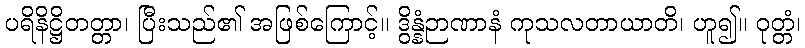
ပရိနိဋ္ဌိတတ္တာ၊ ပြီးသည်၏ အဖြစ်ကြောင့်။ ဒွိန္နံဉာဏာနံ ကုသလတာယာတိ၊ ဟူ၍။ ဝုတ္တံ၊